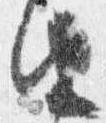
由